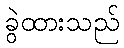
ခွဲထားသည်